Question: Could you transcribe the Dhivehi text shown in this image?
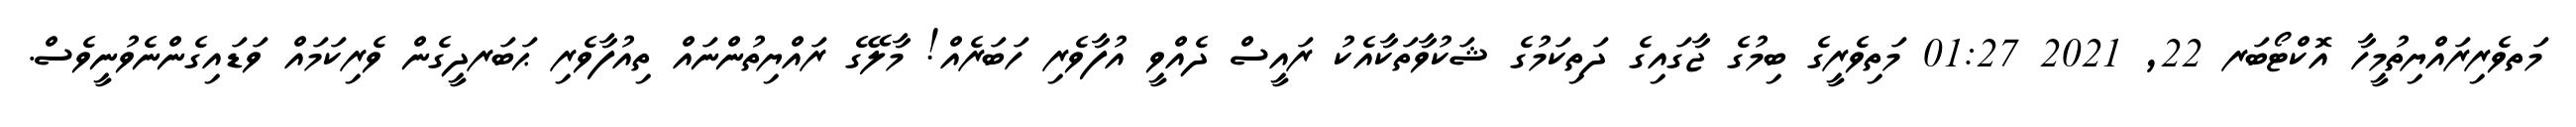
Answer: މަތވެރިރައްޔިތުމީހާ އޮކްޓޯބަރ 22, 2021 01:27 މަތިވެރީގެ ބިމުގެ ޖާގައިގެ ދަތިކަމުގެ ޝަކުވާތަކާއެކު ރައީސް ދެއްވީ އުފާވެރި ހަބަރެއް! މާލޭގެ ރައްޔިތުންނައް ތިއުފާވެރި ޙަބަރދީގެން ވެރިކަމައް ވަޑައިގެންނެވުނީވެސް.